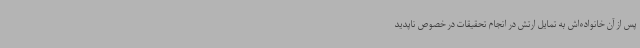
پس از آن خانواده‌اش به تمایل ارتش در انجام تحقیقات در خصوص ناپدید